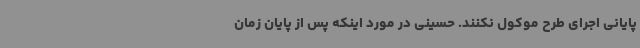
پایانی اجرای طرح موکول نکنند. حسینی در مورد اینکه پس از پایان زمان